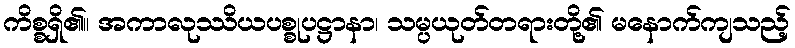
ကိစ္စရှိ၏။ အကာလုဿိယပစ္စုပဋ္ဌာနာ၊ သမ္ပယုတ်တရားတို့၏ မနောက်ကျသည့်